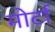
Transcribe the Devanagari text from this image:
मोर्टा